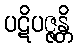
ပဋိပဇ္ဇန္တိ